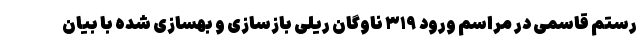
رستم قاسمی در مراسم ورود ٣١٩ ناوگان ریلی بازسازی و بهسازی شده با بیان